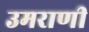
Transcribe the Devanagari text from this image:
उमराणी